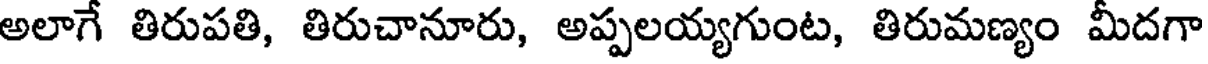
అలాగే తిరుపతి, తిరుచానూరు, అప్పలయ్యగుంట, తిరుమణ్యం మీదగా